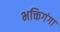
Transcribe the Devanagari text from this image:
भक्तिगंगा